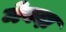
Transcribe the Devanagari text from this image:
मेवदा